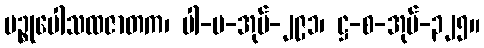
ပဉ္စုပေါသထဇာတက၊ ပါ-ပ-အုပ်-၂၉၁၊ ဋ္ဌ-စ-အုပ်-၃၂၅။